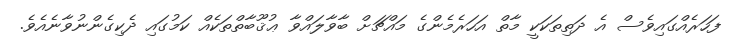
ފަހަރެއްގައިވެސް އެ ދަތިތަކަކީ މާތް އަހަރެމެންގެ މައްޗަށް ބާވާލައްވާ ޢުޤޫބާތްތަކެއް ކަމުގައި ދެކިގެންނުވާނެއެވެ.